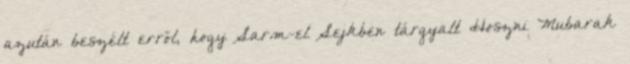
azután beszélt erről, hogy Sarm-el Sejkben tárgyalt Hoszni Mubarak